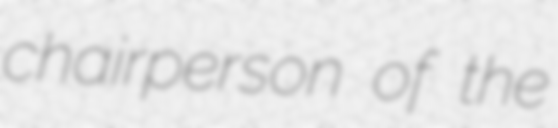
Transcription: chairperson of the